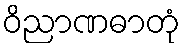
ဝိညာဏဓာတုံ